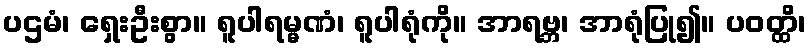
ပဌမံ၊ ရှေးဦးစွာ။ ရူပါရမ္မဏံ၊ ရူပါရုံကို။ အာရဗ္ဘ၊ အာရုံပြု၍။ ပဝတ္ထိ၊